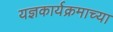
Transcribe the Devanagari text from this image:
यज्ञकार्यक्रमाच्या